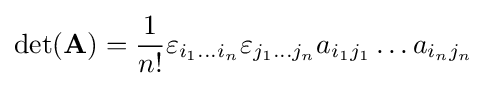
\det(\mathbf {A} )={\frac {1}{n!}}\varepsilon _{i_{1}\dots i_{n}}\varepsilon _{j_{1}\dots j_{n}}a_{i_{1}j_{1}}\dots a_{i_{n}j_{n}}